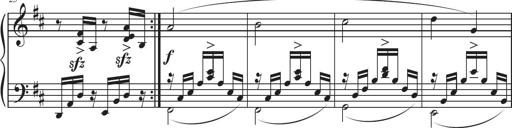
Title: Sonatina in D major
Composer: Shota Saitoh
Key: D major